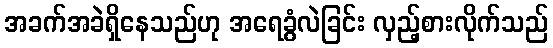
အခက်အခဲရှိနေသည်ဟု အရေခွံလဲခြင်း လှည့်စားလိုက်သည်